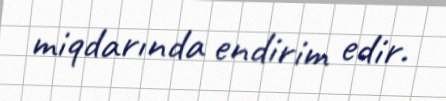
miqdarında endirim edir.